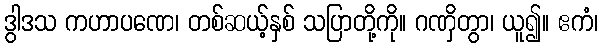
ဒွါဒသ ကဟာပဏေ၊ တစ်ဆယ့်နှစ် သပြာတို့ကို။ ဂဏှိတွာ၊ ယူ၍။ ဧကံ၊